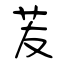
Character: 苃